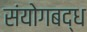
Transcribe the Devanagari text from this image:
संयोगबद्ध